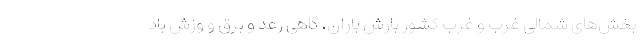
بخش‌های شمالی غرب و غرب کشور بارش باران، گاهی رعد و برق و وزش باد